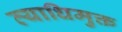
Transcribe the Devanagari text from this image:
व्याधिमुक्त